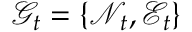
\mathcal { G } _ { t } = \{ \mathcal { N } _ { t } , \mathcal { E } _ { t } \}